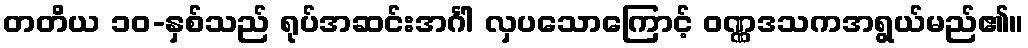
တတိယ ၁၀-နှစ်သည် ရုပ်အဆင်းအင်္ဂါ လှပသောကြောင့် ဝဏ္ဏဒသကအရွယ်မည်၏။